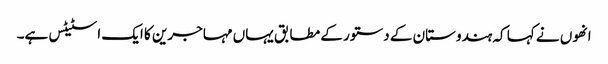
انھوں نے کہا کہ ہندوستان کے دستور کے مطابق یہاں مہاجرین کا ایک اسٹیٹس ہے۔